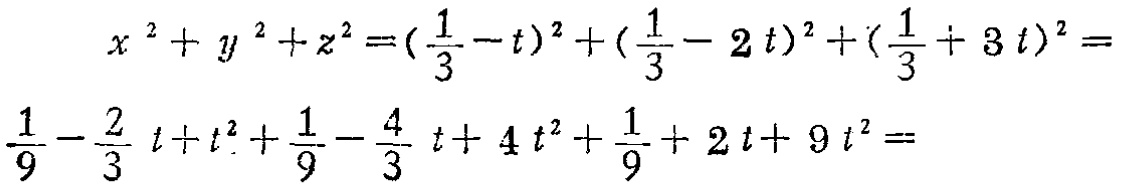
\[

\begin{align*}

x^{2}+y^{2}+z^{2}&=(\frac{1}{3}-t)^{2}+(\frac{1}{3}-2t)^{2}+(\frac{1}{3}+3t)^{2}\\

&=\frac{1}{9}-\frac{2}{3}t + t^{2}+\frac{1}{9}-\frac{4}{3}t + 4t^{2}+\frac{1}{9}+2t + 9t^{2}

\end{align*}

\]